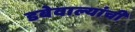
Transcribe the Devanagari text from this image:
डबेवाल्यांची